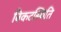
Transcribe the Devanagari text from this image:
विकटस्थिति